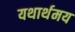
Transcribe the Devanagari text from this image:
यथार्थमय